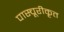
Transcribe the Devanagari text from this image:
पास्चूरीकृत